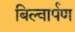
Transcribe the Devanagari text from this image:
बिल्वार्पण